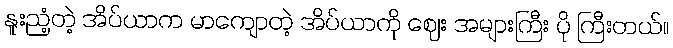
နူးညံ့တဲ့ အိပ်ယာက မာကျောတဲ့ အိပ်ယာကို ဈေး အများကြီး ပို ကြီးတယ်။